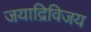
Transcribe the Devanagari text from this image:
जयाद्रिविजय